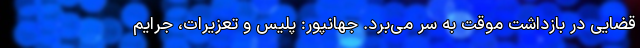
قضایی در بازداشت موقت به سر می‌برد. جهانپور: پلیس و تعزیرات، جرایم